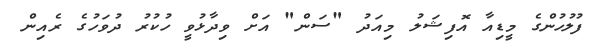
ފުލުހުންގެ މީޑިއާ އޮފިޝަލު މިއަދު "ސަން" އަށް ވިދާޅުވީ ހުކުރު ދުވަހުގެ ރެއިން